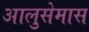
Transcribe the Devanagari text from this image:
आलुसेमास